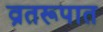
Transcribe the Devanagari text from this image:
व्रतरूपात